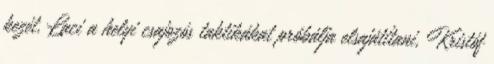
kezét, Laci a helyi csajozós taktikákat próbálja elsajátítani, Kristóf